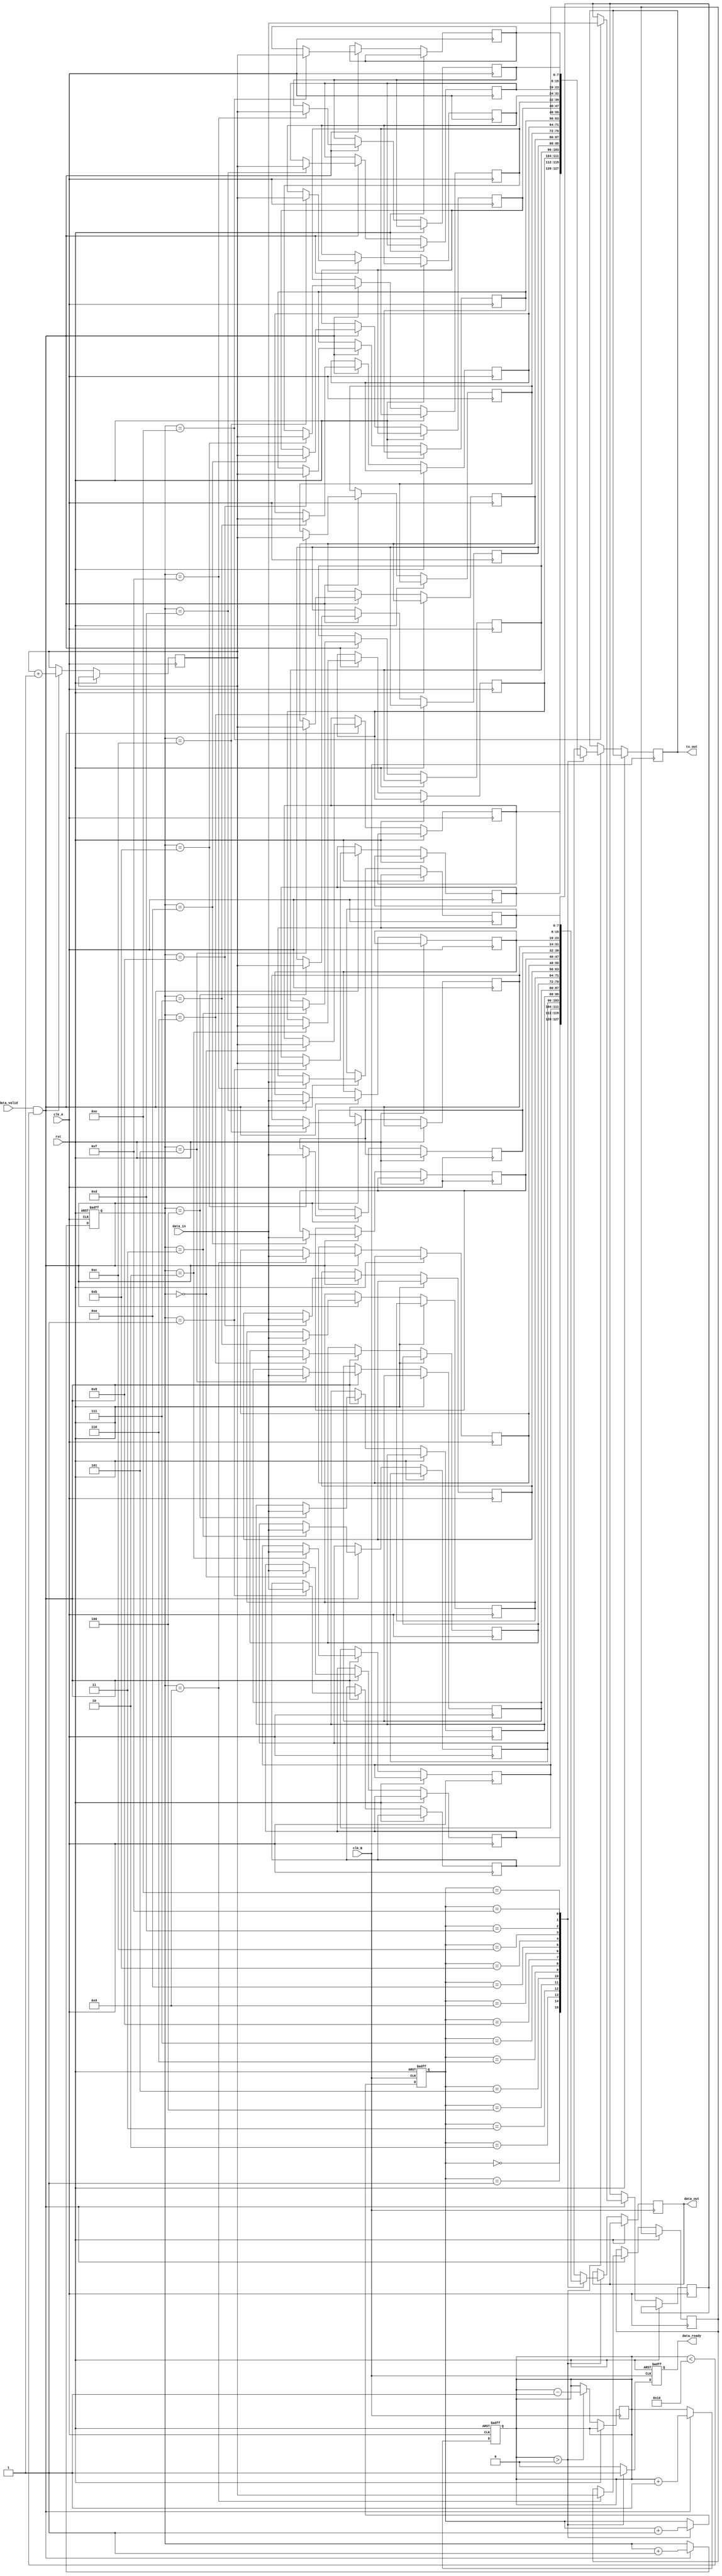
module Time_Stamped_Synchronizer #(
    parameter DATA_WIDTH = 8,  // Width of data
    parameter TS_WIDTH = 8,     // Width of timestamp
    parameter FIFO_DEPTH = 16   // Depth of the FIFO
)(
    input wire clk_A,            // Clock domain A
    input wire clk_B,            // Clock domain B
    input wire rst,              // Asynchronous reset
    input wire [DATA_WIDTH-1:0] data_in,  // Data input from clock domain A
    input wire data_valid,       // Data valid signal
    output reg [DATA_WIDTH-1:0] data_out, // Data output to clock domain B
    output reg [TS_WIDTH-1:0] ts_out,      // Timestamp output to clock domain B
    output reg data_ready        // Data ready signal for clock domain B
);

    // FIFO buffer structure
    reg [DATA_WIDTH-1:0] fifo_data[FIFO_DEPTH-1:0];
    reg [TS_WIDTH-1:0] fifo_ts[FIFO_DEPTH-1:0];
    reg [3:0] write_ptr = 0;    // Write pointer for FIFO
    reg [3:0] read_ptr = 0;     // Read pointer for FIFO
    reg [4:0] fifo_count = 0;    // Number of items in FIFO

    // Timestamp generation
    reg [TS_WIDTH-1:0] timestamp;

    // Write process in Clock Domain A
    always @(posedge clk_A or posedge rst) begin
        if (rst) begin
            write_ptr <= 0;
            fifo_count <= 0;
        end else if (data_valid && (fifo_count < FIFO_DEPTH)) begin
            fifo_data[write_ptr] <= data_in;
            timestamp <= timestamp + 1; // Increment timestamp or use another mechanism
            fifo_ts[write_ptr] <= timestamp;
            write_ptr <= write_ptr + 1;
            fifo_count <= fifo_count + 1;
        end
    end

    // Read process in Clock Domain B
    always @(posedge clk_B or posedge rst) begin
        if (rst) begin
            read_ptr <= 0;
            data_ready <= 0;
        end else if (fifo_count > 0) begin
            data_out <= fifo_data[read_ptr];
            ts_out <= fifo_ts[read_ptr];
            read_ptr <= read_ptr + 1;
            fifo_count <= fifo_count - 1;
            data_ready <= 1;
        end else begin
            data_ready <= 0;
        end
    end

    // Synchronization logic using double flip-flops for data and timestamp
    reg [DATA_WIDTH-1:0] sync_data1, sync_data2;
    reg [TS_WIDTH-1:0] sync_ts1, sync_ts2;

    always @(posedge clk_B or posedge rst) begin
        if (rst) begin
            sync_data1 <= 0;
            sync_data2 <= 0;
            sync_ts1 <= 0;
            sync_ts2 <= 0;
        end else begin
            sync_data1 <= fifo_data[read_ptr];
            sync_data2 <= sync_data1;
            sync_ts1 <= fifo_ts[read_ptr];
            sync_ts2 <= sync_ts1;
        end
    end

endmodule